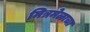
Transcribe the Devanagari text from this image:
मित्रमेळाचा